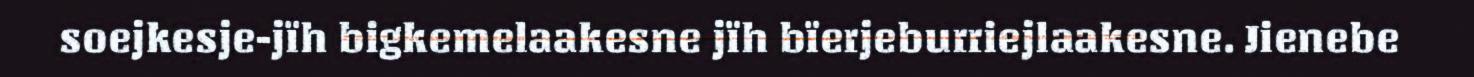
soejkesje-jïh bigkemelaakesne jïh bïerjeburriejlaakesne. Jienebe